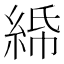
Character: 𦀦